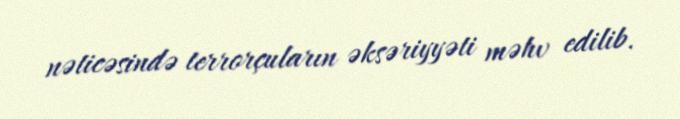
nəticəsində terrorçuların əksəriyyəti məhv edilib.